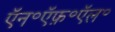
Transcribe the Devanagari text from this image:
ऍन॰ऍफ़॰ऍल॰